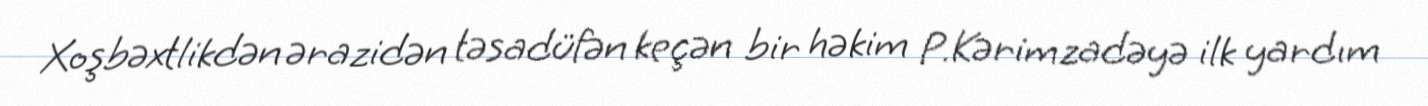
Xoşbəxtlikdən ərazidən təsadüfən keçən bir həkim P.Kərimzadəyə ilk yardım